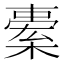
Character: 𣘯